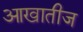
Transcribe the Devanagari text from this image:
आखातीज